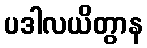
ပဒါလယိတွာန